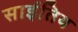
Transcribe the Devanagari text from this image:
साईतिय